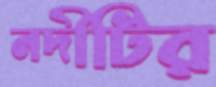
নদীটির